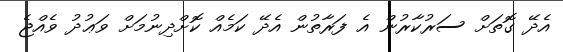
އެދޭ ގޮތަށް ސަރުކާރުން އެ ފަރާތުން އެދޭ ކަމެއް ކޮށްދިނުމަށް ވަޢުދު ވެއްޖެ